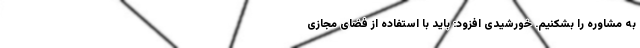
به مشاوره را بشکنیم. خورشیدی افزود: باید با استفاده از فضای مجازی